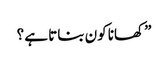
” کھانا کون بناتا ہے ؟